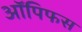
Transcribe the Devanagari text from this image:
ऑपिफस